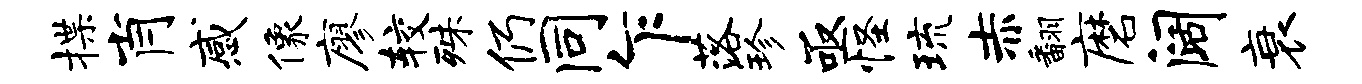
揲肖感像廖较殊仍同乍落珍亟怪琉赤翻磨阔衰